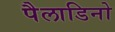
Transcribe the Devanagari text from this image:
पैलाडिनो